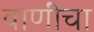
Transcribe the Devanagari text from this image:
वाणींचा